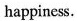
happiness.